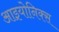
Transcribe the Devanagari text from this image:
आइयोनिक्स